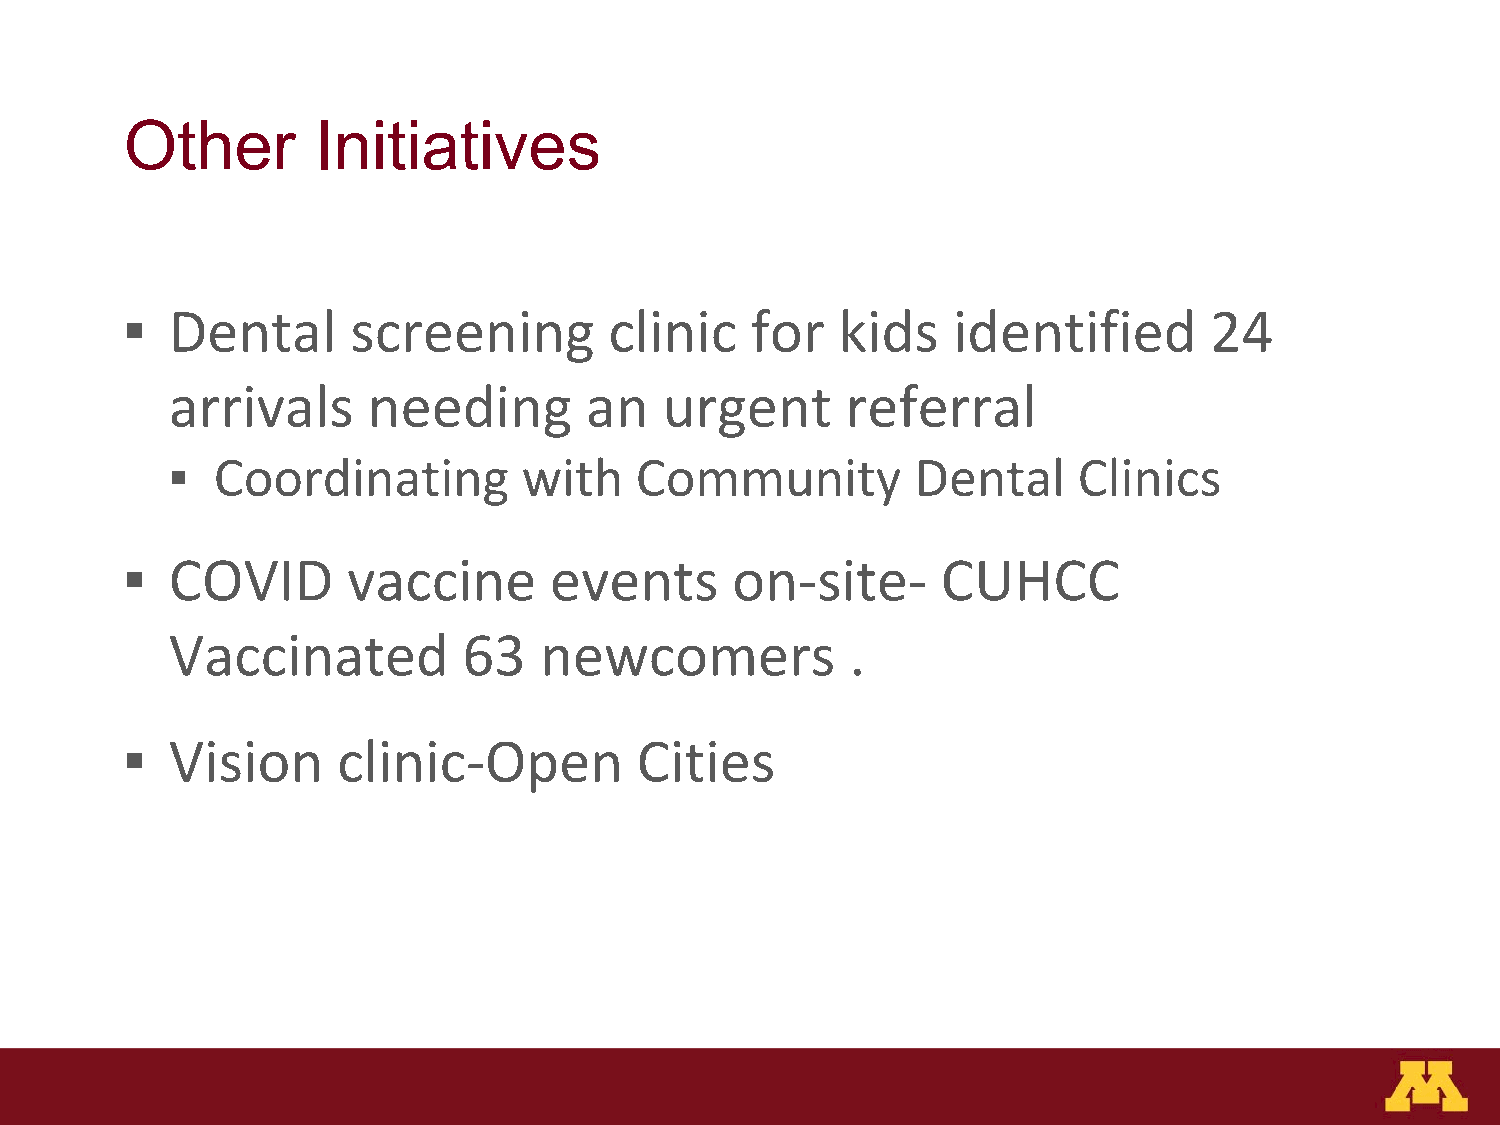
Other        Initiatives
 ▪  Dental      screening        clinic    for   kids   identified       24
 arrivals     needing        an   urgent      referral
 ▪  Coordinating         with   Community          Dental    Clinics
 ▪  COVID       vaccine      events      on-site-      CUHCC
 Vaccinated          63   newcomers           .
 ▪  Vision     clinic-Open         Cities